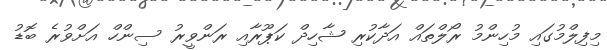
މިފިލްމުގައި މުހިންމު ރޯލްތައް އަދާކުރި ޝާހިދް ކަޕޫރާއި ރަންވީރު ސިންހް އަށްވުރެ ބޮޑު